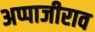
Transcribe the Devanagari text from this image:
अप्पाजीराव